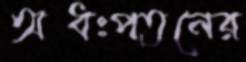
অধঃপতনের